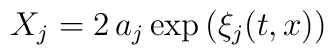
X_{j}=2\, a_{j}\exp\left(\xi_j({ t,x})\right)